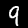
Digit: 9